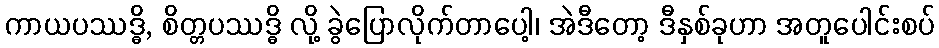
ကာယပဿဒ္ဓိ, စိတ္တပဿဒ္ဓိ လို့ ခွဲပြောလိုက်တာပေါ့၊ အဲဒီတော့ ဒီနှစ်ခုဟာ အတူပေါင်းစပ်